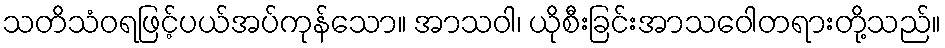
သတိသံဝရဖြင့်ပယ်အပ်ကုန်သော။ အာသဝါ၊ ယိုစီးခြင်းအာသဝေါတရားတို့သည်။